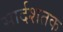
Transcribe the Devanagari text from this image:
सार्दशतक